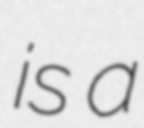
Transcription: is a